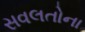
સવલતોના